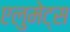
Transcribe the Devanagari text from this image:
एलुमेट्स